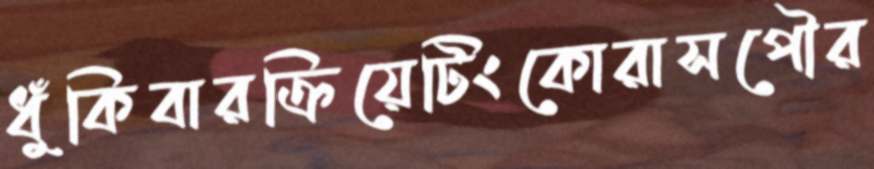
ধুঁকিবারক্রিয়েটিংকোরাসপৌর